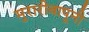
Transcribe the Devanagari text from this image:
मुरारीबापूनी